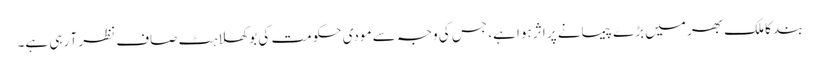
بند کا ملک بھر میں بڑے پیمانے پر اثر ہوا ہے، جس کی وجہ سے مودی حکومت کی بوکھلاہٹ صاف نظر آ رہی ہے۔